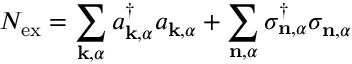
N _ { \mathrm { e x } } = \sum _ { \mathbf { k } , \alpha } a _ { \mathbf { k } , \alpha } ^ { \dagger } a _ { \mathbf { k } , \alpha } + \sum _ { \mathbf { n } , \alpha } \sigma _ { \mathbf { n } , \alpha } ^ { \dagger } \sigma _ { \mathbf { n } , \alpha }